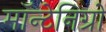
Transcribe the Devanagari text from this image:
मॉन्टेनिग्रो